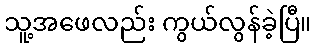
သူ့အဖေလည်း ကွယ်လွန်ခဲ့ပြီ။